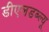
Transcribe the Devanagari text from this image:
डीएलडब्ल्यू